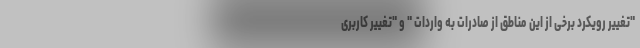
"تغییر رویکرد برخی از این مناطق از صادرات به واردات " و "تغییر کاربری